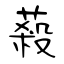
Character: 蔱